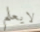
لايعلم